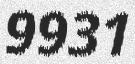
9931